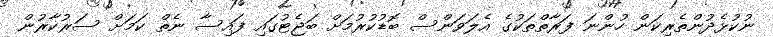
ނުކުޅެދުންތެރިކަން ހުންނަ ފަރާތްތަކުގެ އެލަވަންސް ބޮޑުކުރުމަށް ބަޖެޓުގައި ފައިސާ ނެތް ކަމަށް ސަރުކާރުން